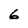
Character: 6